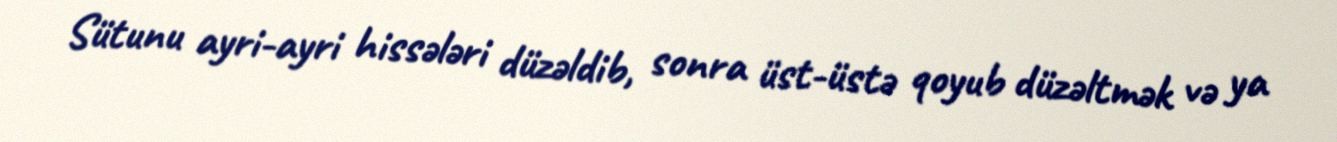
Sütunu ayri-ayri hissələri düzəldib, sonra üst-üstə qoyub düzəltmək və ya